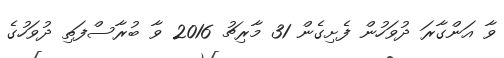
ވާ އަންގާރަ ދުވަހުން ފެށިގެން 31 މާރިޗު 2016 ވާ ބުރާސްފަތި ދުވަހުގެ